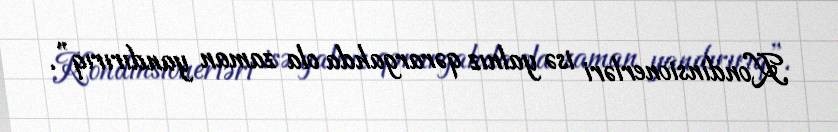
Kondinsionerləri isə yalnız qərargahda ola zaman yandırırıq”.